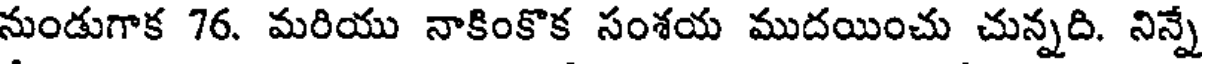
నుండుగాక 76. మరియు నాకింకొక సంశయ ముదయించు చున్నది. నిన్నే